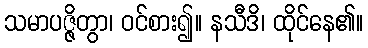
သမာပဇ္ဇိတွာ၊ ဝင်စား၍။ နသီဒိ၊ ထိုင်နေ၏။